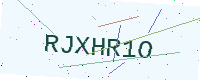
Text: RJXHR1O